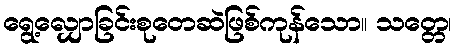
ရွေ့လျှောခြင်းစုတေဆဲဖြစ်ကုန်သော။ သတ္တေ၊